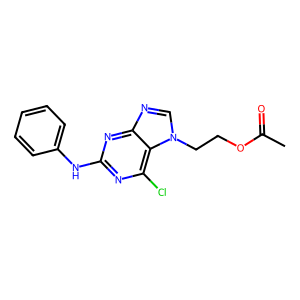
SMILES: CC(=O)OCCn1cnc2nc(Nc3ccccc3)nc(Cl)c21
Inhibits HIV replication: No